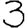
Digit: 3